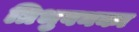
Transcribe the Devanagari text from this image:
त्रिभुवनका